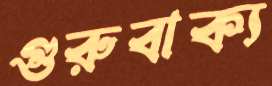
গুরুবাক্য